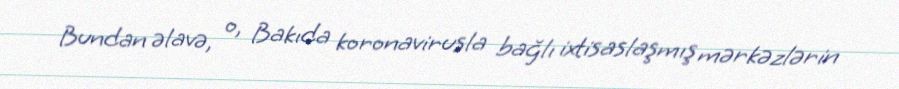
Bundan əlavə, o, Bakıda koronavirusla bağlı ixtisaslaşmış mərkəzlərin